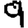
Digit: 9